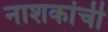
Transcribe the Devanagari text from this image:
नाशकांची